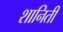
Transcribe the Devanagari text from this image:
शानिती